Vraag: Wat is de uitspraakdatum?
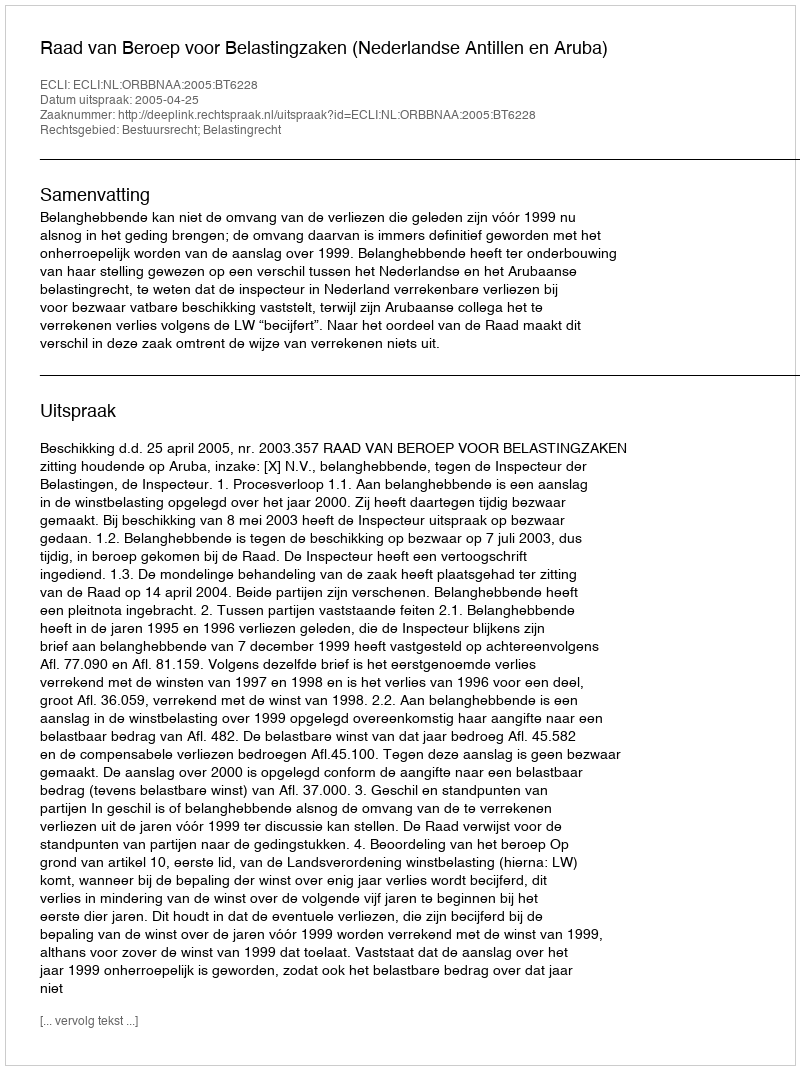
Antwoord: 2005-04-25